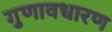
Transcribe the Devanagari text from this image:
गुणावधारण